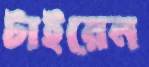
টাইরেন